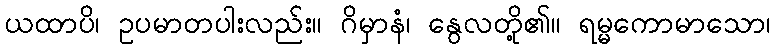
ယထာပိ၊ ဥပမာတပါးလည်း။ ဂိမှာနံ၊ နွေလတို့၏။ ရမ္မကောမာသော၊